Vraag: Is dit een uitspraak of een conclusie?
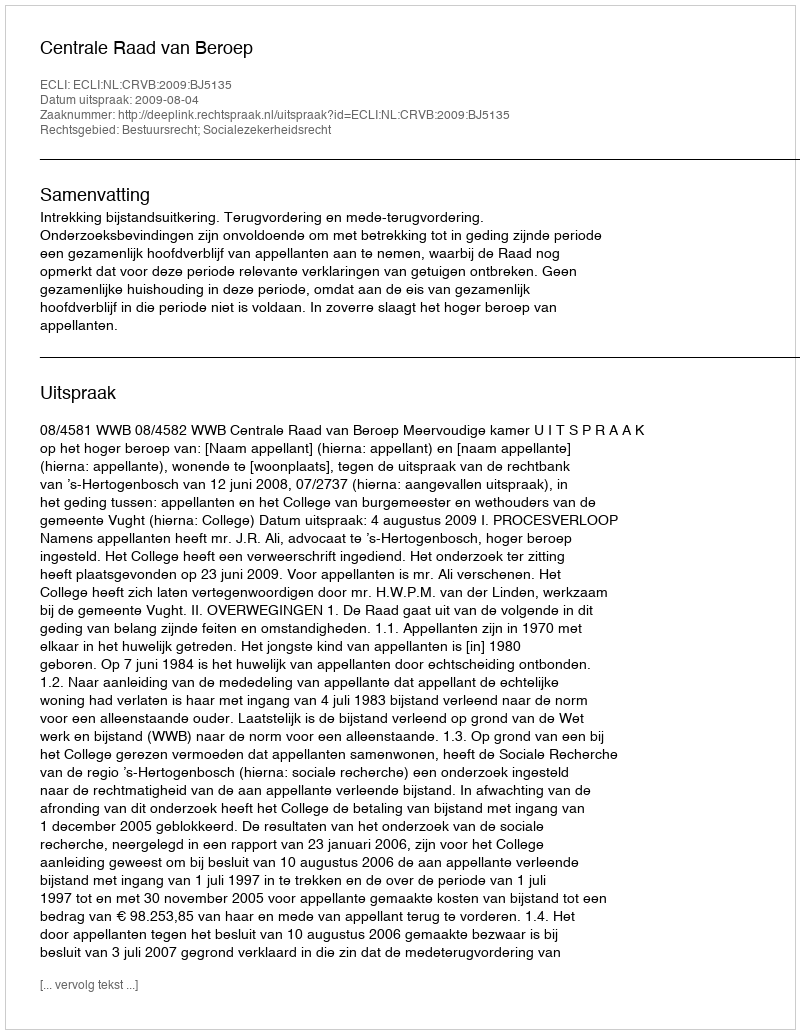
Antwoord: Uitspraak